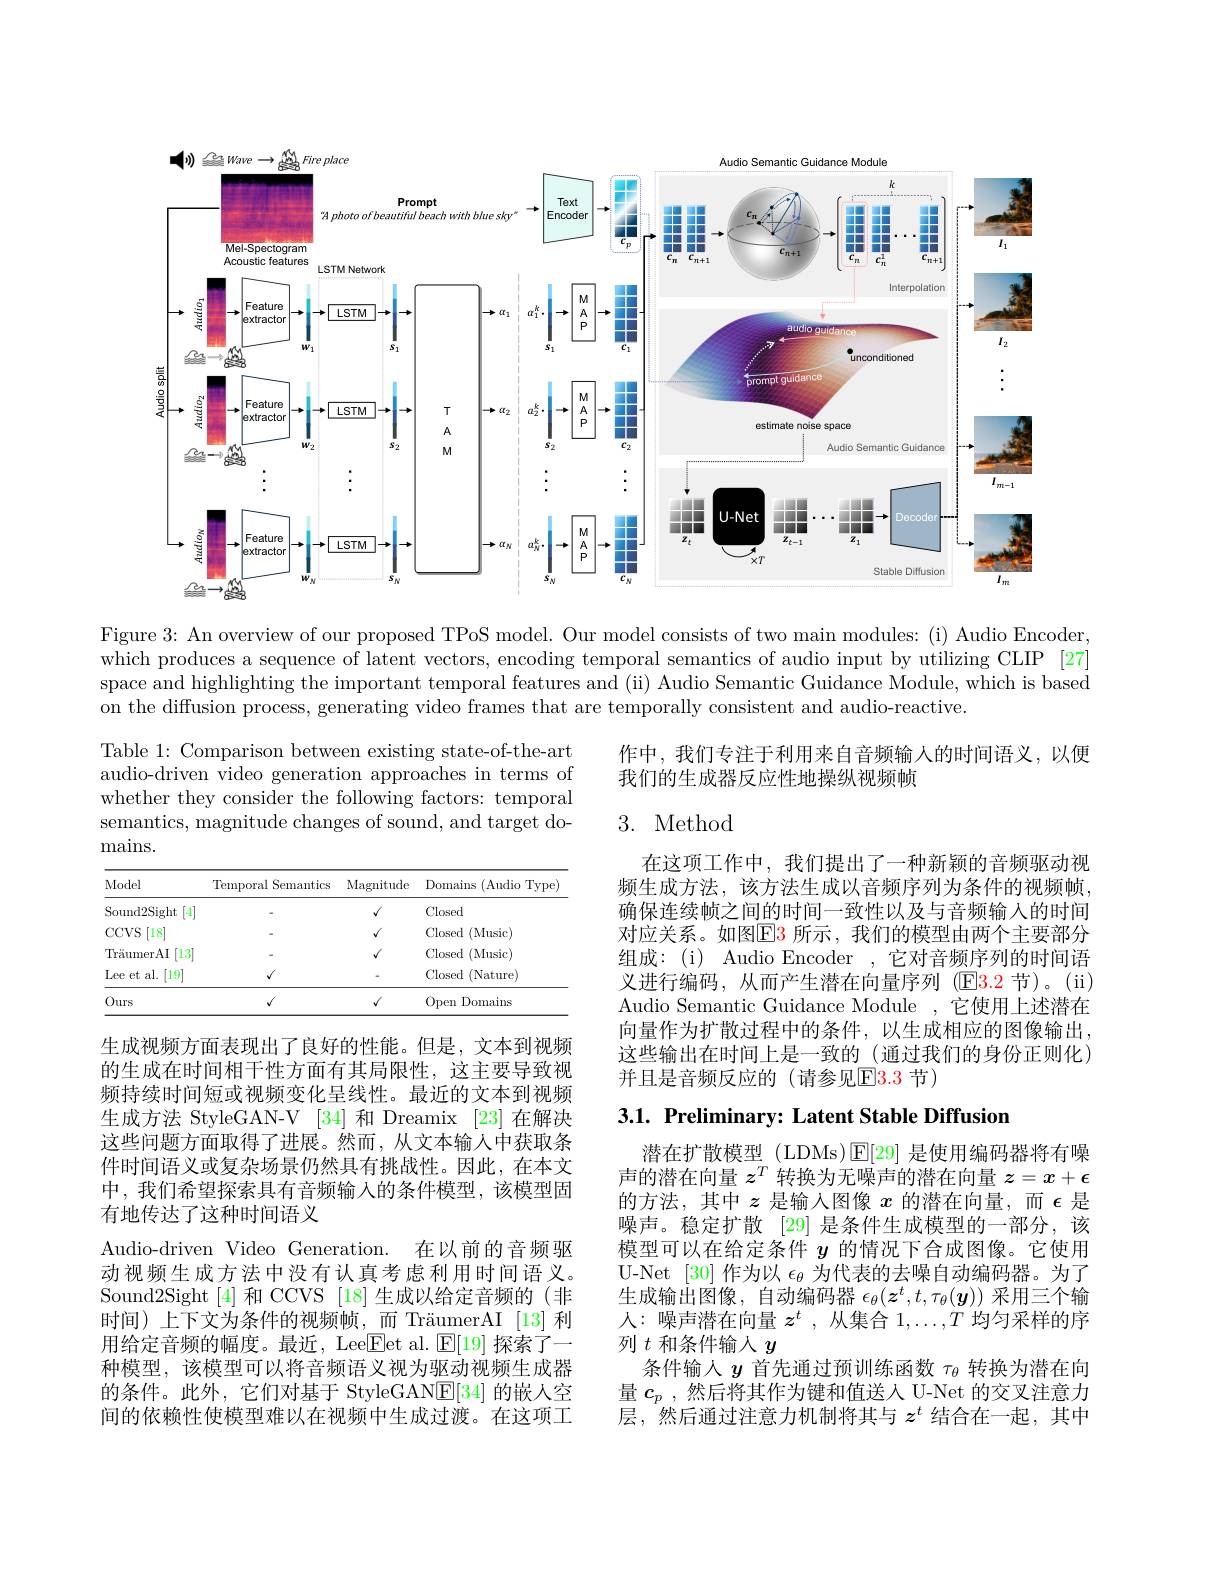
<FigureHere>

Figure 3: An overview of our proposed TPoS model. Our model consists of two main modules: (i) Audio Encoder, which produces a sequence of latent vectors, encoding temporal semantics of audio input by utilizing CLIP [27] space and highlighting the important temporal features and (ii) Audio Semantic Guidance Module, which is based on the diffusion process, generating video frames that are temporally consistent and audio-reactive

作中，我们专注于利用来自音频输入的时间语义，以便
我们的生成器反应性地操纵视频帧

Table 1: Comparison between existing state-of-the-art audio-driven $\bar{\text{video generation approaches in terms of}}$ whether they consider the following factors: temporal semantics, magnitude changes of sound, and target domains.

## 3. Method

<table>
	<tbody>
		<tr>
			<th>Model</th>
			<th>Temporal Semantics</th>
			<th>Magnitude</th>
			<th>Domains (Audio Type)</th>
		</tr>
		<tr>
			<td>Sound2Sight</td>
			<td> </td>
			<td>$√$</td>
			<td>Closed</td>
		</tr>
		<tr>
			<td>$CCVS$ [18]</td>
			<td> </td>
			<td>$√$</td>
			<td>Closed (Music)</td>
		</tr>
		<tr>
			<td>[13] Tr$\" {a}$umerAI</td>
			<td> </td>
			<td>$√$</td>
			<td>Closed (Music)</td>
		</tr>
		<tr>
			<td>Lee et a al. [19]</td>
			<td>$v$</td>
			<td> </td>
			<td>Closed $\textbf{1}($Nature)</td>
		</tr>
		<tr>
			<td>Ours</td>
			<td>$v$</td>
			<td>$√$</td>
			<td>0pen Domains</td>
		</tr>
	</tbody>
</table>

在这项工作中，我们提出了一种新颖的音频驱动视频生成方法，该方法生成以音频序列为条件的视频帧， 确保连续帧之间的时间一致性以及与音频输入的时间对应关系。如图$\boxed{\mathrm{E}}3$ 所示，我们的模型由两个主要部分组成：(i) Audio Encoder ,它对音频序列的时间语义进行编码，从而产生潜在向量序列 (E3.2 节)。(ii) Audio Semantic Guidance Module ,它使用上述潜在向量作为扩散过程中的条件，以生成相应的图像输出， 这些输出在时间上是一致的(通过我们的身份正则化) 并且是音频反应的(请参见E3.3 节)

3.1. Preliminary: Latent Stable Diffusion

中，我们希望探索具有音频输入的条件模型，该模型固
有地传达了这种时间语义

生成视频方面表现出了良好的性能。但是，文本到视频的生成在时间相干性方面有其局限性，这主要导致视频持续时间短或视频变化呈线性。最近的文本到视频生成方法 StyleGAN-V [34] 和 Dreamix [23] 在解决这些问题方面取得了进展。然而，从文本输人中获取条件时间语义或复杂场景仍然具有挑战性。因此，在本文Audio-driven Video Generation. 在以前的音频驱动视频生成方法中没有认真考虑利用时间语义。Sound2Sight[4]和 CCVS [18]生成以给定音频的(非时间)上下文为条件的视频帧，而 TräumerAI [13]利用给定音频的幅度。最近，Lee$\boxed{\mathrm{F}}$et al. E[19] 探索了一种模型，该模型可以将音频语义视为驱动视频生成器的条件。此外，它们对基于 StyleGAN$\underline{\mathrm{E}}[34]$的嵌人空间的依赖性使模型难以在视频中生成过渡。在这项工

潜在扩散模型 (LDMs)$\operatorname{E}[29]$是使用编码器将有噪声的潜在向量$z^T$转换为无噪声的潜在向量$z=x+\epsilon$ 的方法，其中$z$是输入图像$x$的潜在向量，而$\epsilon$是噪声。稳定扩散 [29] 是条件生成模型的一部分，该模型可以在给定条件$y$的情况下合成图像。它使用U-Net [30] 作为以$\epsilon_\theta$为代表的去噪自动编码器。为了生成输出图像，自动编码器$\epsilon_\theta(\boldsymbol{z}^t,t,\tau_\theta(\boldsymbol{y}))$采用三个输人：噪声潜在向量$z^t$ ,从集合$1,\ldots,T$均匀采样的序列$t$和条件输人$y$
条件输入$y$首先通过预训练函数$\tau_\mathrm{\theta}$转换为潜在向量$c_p$ ,然后将其作为键和值送人 U-Net 的交叉注意力层，然后通过注意力机制将其与$z^t$结合在一起，其中